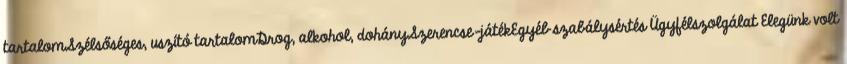
tartalomSzélsőséges, uszító tartalomDrog, alkohol, dohánySzerencse-játékEgyéb szabálysértés Ügyfélszolgálat Elegünk volt